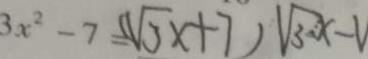
3 x ^ { 2 } - 7 = ( \sqrt { 3 } x + 7 ) \sqrt { 3 x } - V